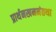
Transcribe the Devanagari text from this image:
प्रार्थनखननंतथा